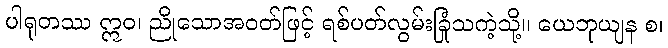
ပါရုတဿ ဣဝ၊ ညိုသောအဝတ်ဖြင့် ရစ်ပတ်လွမ်းခြုံသကဲ့သို့။ ယေဘုယျန စ၊